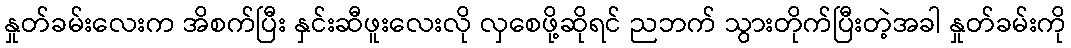
နှုတ်ခမ်းလေးက အိစက်ပြီး နှင်းဆီဖူးလေးလို လှစေဖို့ဆိုရင် ညဘက် သွားတိုက်ပြီးတဲ့အခါ နှုတ်ခမ်းကို